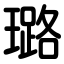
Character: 璐